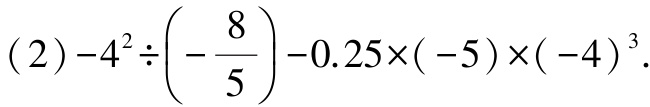
\((2)-4^{2}\div\left(-\dfrac{8}{5}\right)-0.25\times(-5)\times(-4)^{3}\)